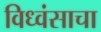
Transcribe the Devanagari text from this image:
विध्वंसाचा